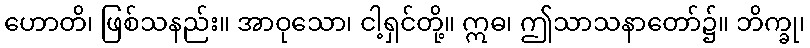
ဟောတိ၊ ဖြစ်သနည်း။ အာဝုသော၊ ငါ့ရှင်တို့။ ဣဓ၊ ဤသာသနာတော်၌။ ဘိက္ခု၊